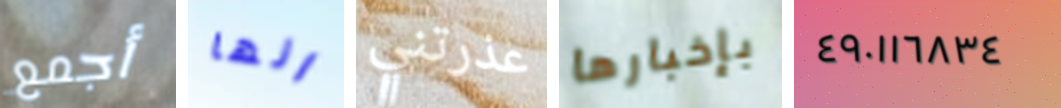
أجمع انها عذرتني بإخبارها ٤٩٠١١٦٨٣٤